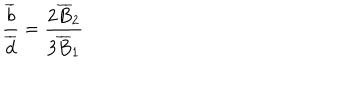
LaTeX: \frac { \overline { { { b } } } } { \overline { { { d } } } } = \frac { 2 \overline { { { B } } } _ { 2 } } { 3 \overline { { { B } } } _ { 1 } }